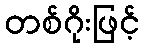
တစ်ဂိုးဖြင့်